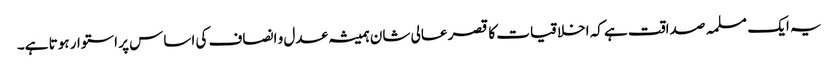
یہ ایک مسلمہ صداقت ہے کہ اخلاقیات کا قصر عالی شان ہمیشہ عدل و انصاف کی اساس پر استوار ہوتا ہے۔